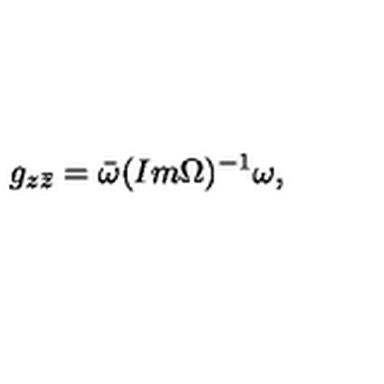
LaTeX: g _ { z \bar { z } } = \bar { \omega } ( I m \Omega ) ^ { - 1 } \omega ,